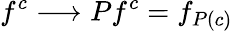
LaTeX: f^{c}\longrightarrow Pf^{c}=f_{P(c)}